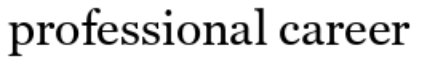
professional career